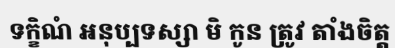
ទក្ខិណំ អនុប្បទស្សា មិ កូន ត្រូវ តាំងចិត្ត